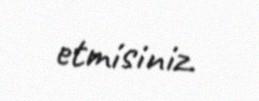
etmisiniz.